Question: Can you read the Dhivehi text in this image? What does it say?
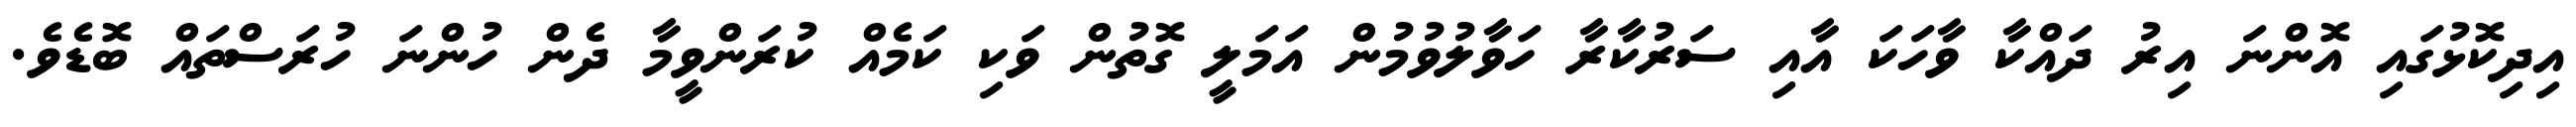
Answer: އިދިކޮޅުގައި އޮންނަ އިރު ދައްކާ ވާހަކަ އާއި ސަރުކާރާ ހަވާލުވުމުން އަމަލީ ގޮތުން ވަކި ކަމެއް ކުރަންވީމާ ދެން ހުންނަ ހުރަސްތައް ބޮޑެވެ.